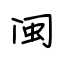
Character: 闽